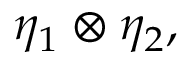
\eta _ { 1 } \otimes \eta _ { 2 } ,